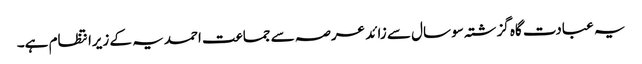
یہ عبادت گاہ گزشتہ سو سال سے زائد عرصہ سے جماعت احمدیہ کے زیرانتظام ہے۔